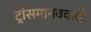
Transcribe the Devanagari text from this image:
ट्रांसमानववादी